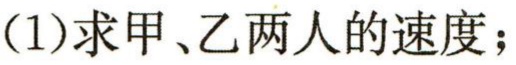
(1)求甲、乙两人的速度；